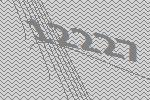
12227